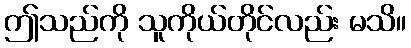
ဤသည်ကို သူကိုယ်တိုင်လည်း မသိ။